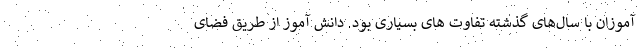
آموزان با سال‌های گذشته تفاوت های بسیاری بود. دانش آموز از طریق فضای